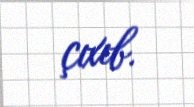
çıxıb.